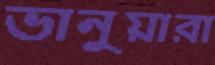
ভানুয়ারা